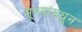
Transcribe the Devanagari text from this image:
मूल्‍यांमधून